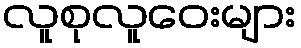
လူစုလူဝေးများ